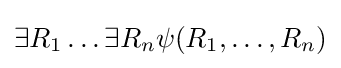
\exists R_{1}\ldots \exists R_{n}\psi (R_{1},\ldots ,R_{n})